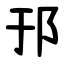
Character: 邘